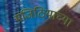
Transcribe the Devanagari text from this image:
मजिठियाच्या